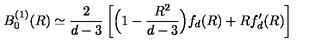
B _ { 0 } ^ { ( 1 ) } ( R ) \simeq \frac { 2 } { d - 3 } \left[ \Big ( 1 - \frac { R ^ { 2 } } { d - 3 } \Big ) f _ { d } ( R ) + R f _ { d } ^ { \prime } ( R ) \right]